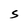
Character: S